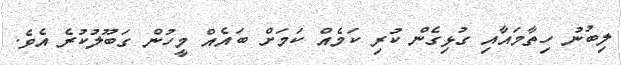
ލިބުނު ހިތާމައާއި ގުޅިގެން ކުރި ކަމެއް ކަމަށް ބައެއް މީހުން ގަބޫލުކުރެ އެވެ.